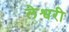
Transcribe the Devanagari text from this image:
लेश्वरी